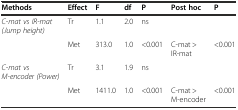
<table><thead><tr><td><b>Methods</b></td><td><b>Effect</b></td><td><b>F</b></td><td><b>df</b></td><td><b>P</b></td><td><b>Post hoc</b></td><td><b>P</b></td></tr></thead><tbody><tr><td><i>C-mat vs IR-mat (Jump height)</i></td><td>Tr</td><td>1.1</td><td>2.0</td><td>ns</td><td>[EMPTY_CELL]</td><td>[EMPTY_CELL]</td></tr><tr><td>[EMPTY_CELL]</td><td>Met</td><td>313.0</td><td>1.0</td><td>&lt;0.001</td><td>C-mat &gt; IR-mat</td><td>&lt;0.001</td></tr><tr><td><i>C-mat vs M-encoder (Power)</i></td><td>Tr</td><td>3.1</td><td>1.9</td><td>ns</td><td>[EMPTY_CELL]</td><td>[EMPTY_CELL]</td></tr><tr><td>[EMPTY_CELL]</td><td>Met</td><td>1411.0</td><td>1.0</td><td>&lt;0.001</td><td>C-mat &gt; M-encoder</td><td>&lt;0.001</td></tr></tbody></table>